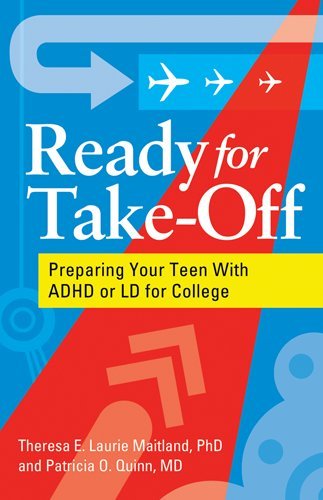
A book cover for Ready for Take-Off: Preparing Your Teen with ADHD or LD for College; Theresa E. Laurie Maitland; Health, Fitness & Dieting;